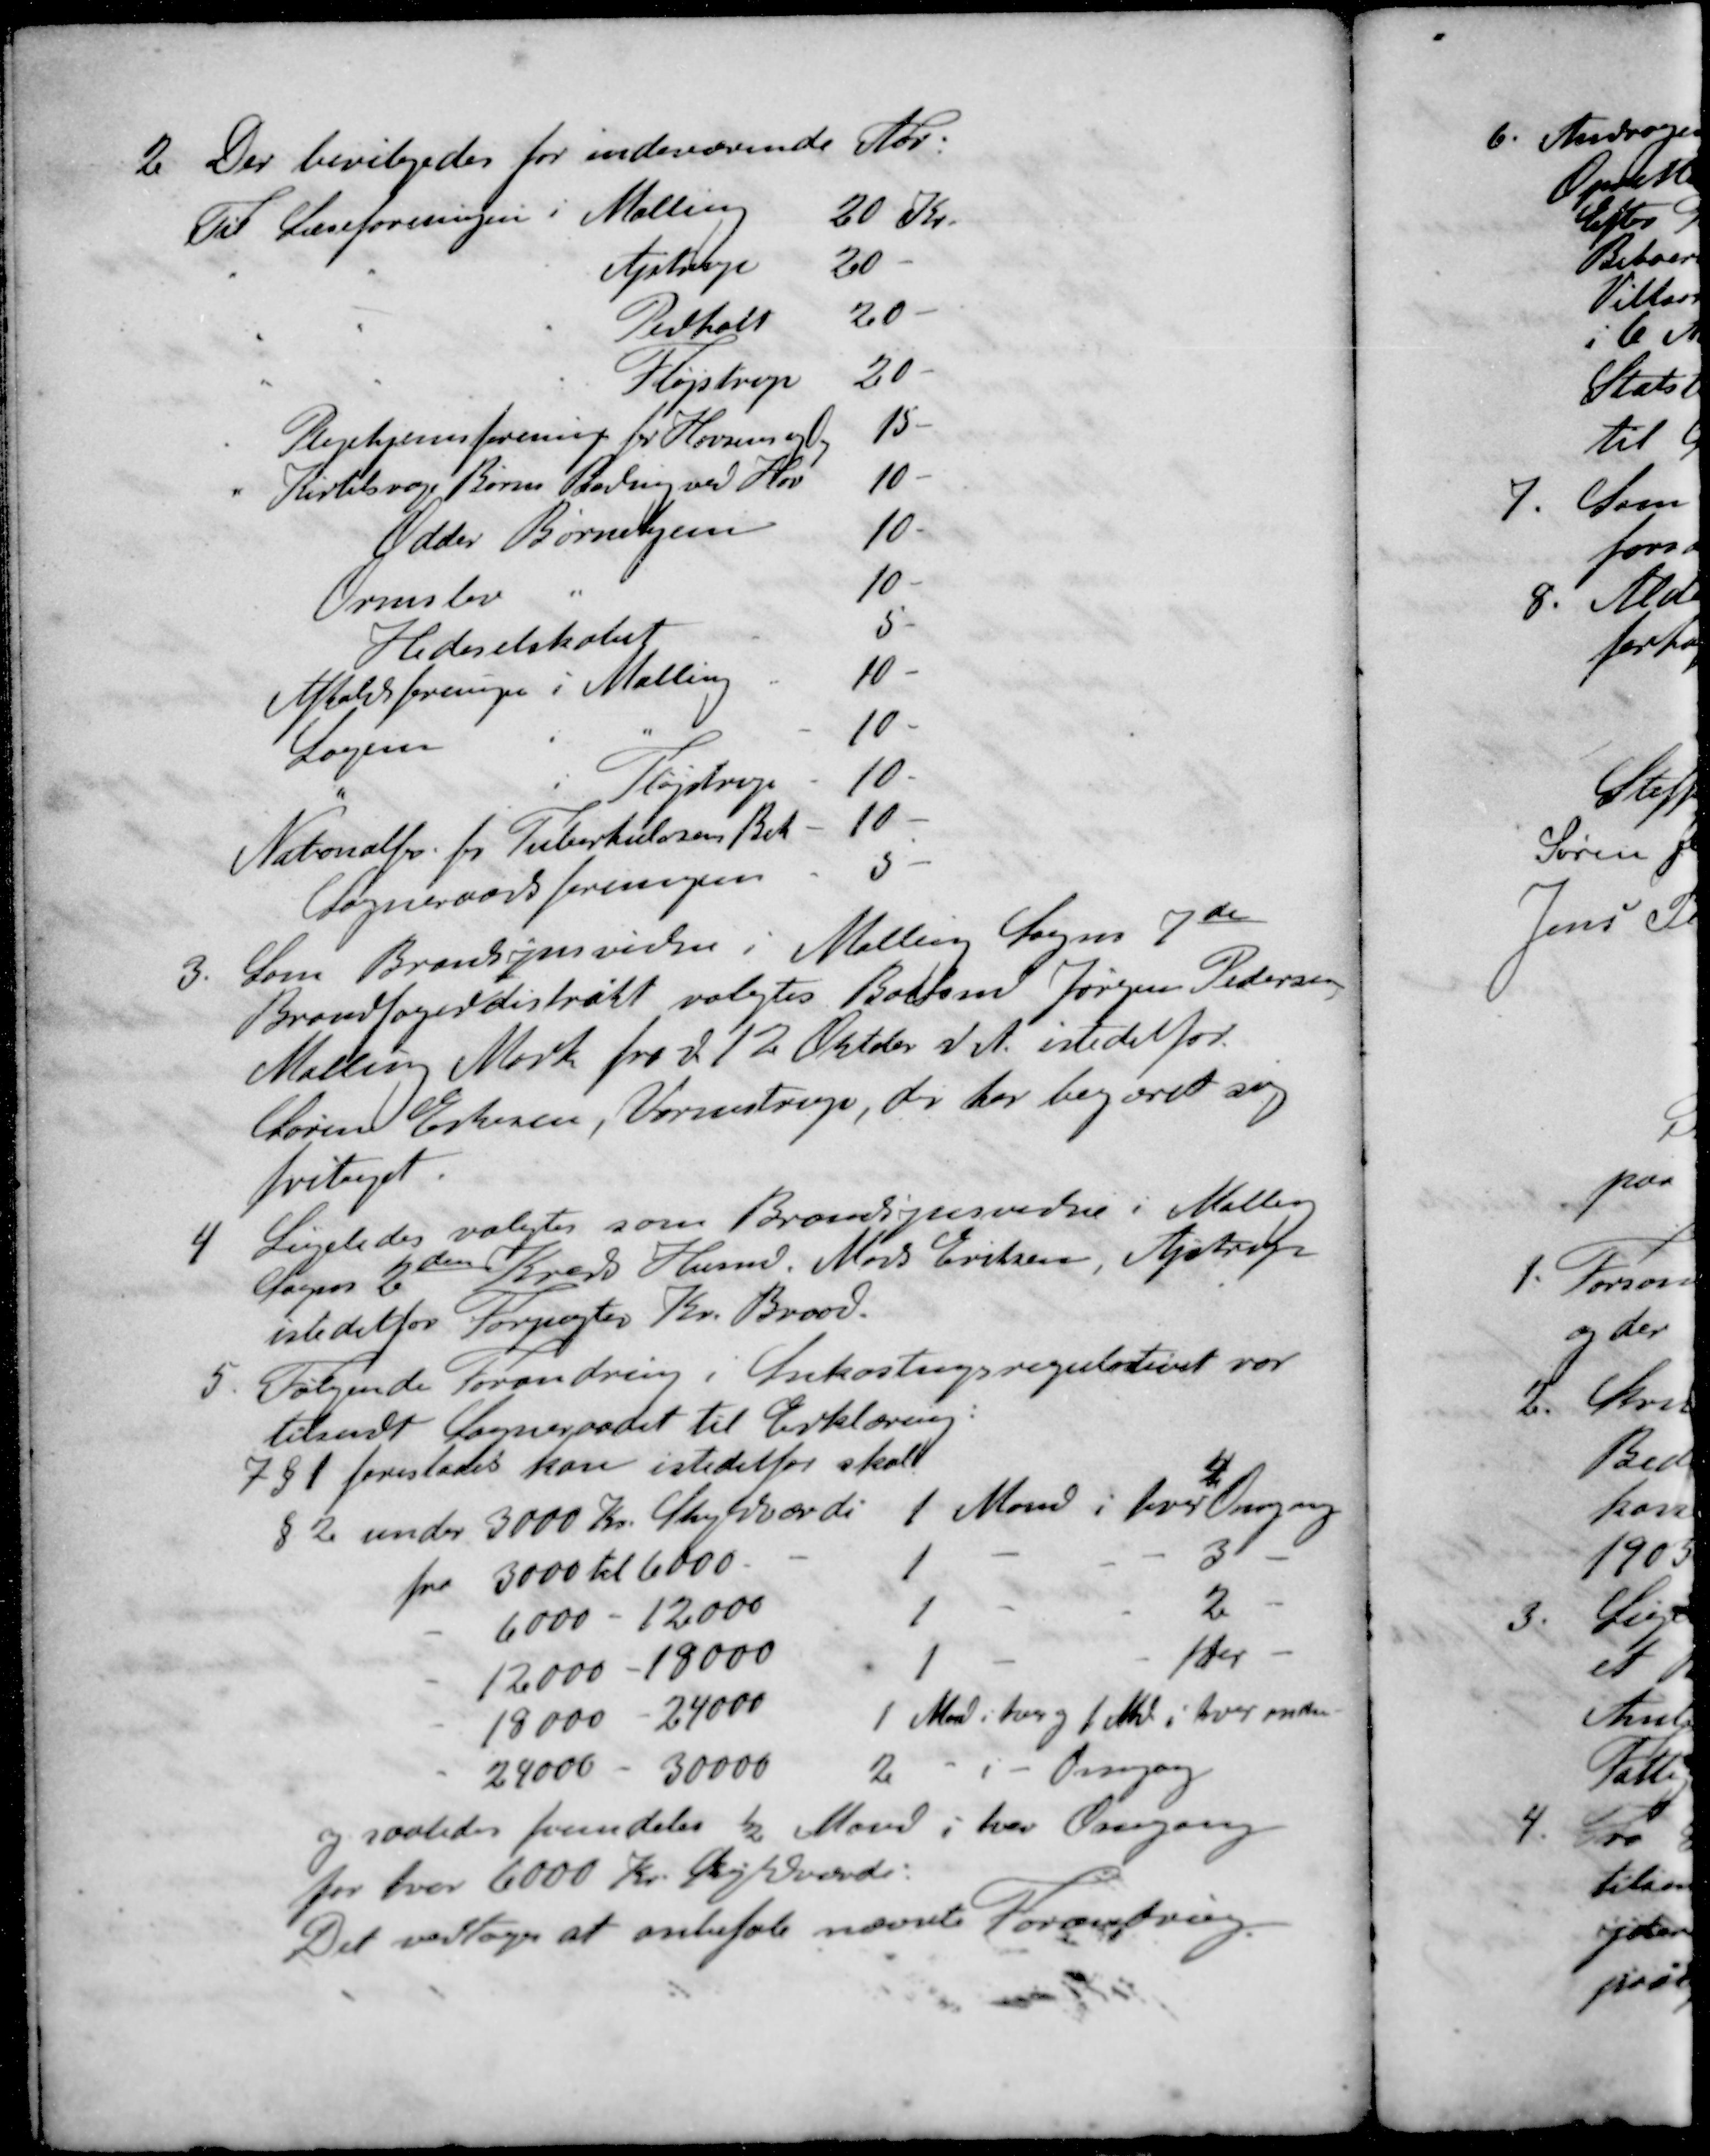
Transskription:
2. Der bevilgedes for indeværende Aar.
Til Læreforeningen i Malling 20 Kr.
" " " Ajstrup 20 -
" " " Pedholt 20 -
" " " Fløjstrup 20 -
" Plejehjemsforening for Horsens og O 15 -
" Kirtelsvage Børns Badning ved Hou 10 -
Odder Børnehjem 10 -
Ormslev " 10 -
Hedeselskabet 5 -
Afholdsforeningen i Malling 10 -
Logen i "10 -
" i Fløjstrup 10 -
Nationalfr. for Tuberkulosens Bek 10 -
Sogneraadsforeningen 5 -
3. Som Brandsynsvidne i Malling Sogns 7de
Brandfogeddistrikt valgtes Boelsm Jørgen Pedersen
Malling Mark fra d. 12 Oktober d. A. istedetfor
Søren Eskesen, Vormstrup, der har begæret sig
fritaget.
4. Ligeledes valgtes som Brandsynsvidne i Malling
Sogns 2den Kreds Husm. Mads Eriksen, Ajstrup
istedetfor Forpagter Kr. Brood.
5. Følgende Forandring i Ankostningsregulativet var 
tilsendt Sogneraadet til Erklæring:
7§1 foreslaaes kan istedetfor skal
4
§2 under 3000 Kr. Skyldværdi 1 Mand i hver Omgang
fra 3000 til 6000 - 1 - - - 3 -
- 6000 - 12000 - 1 - - - 2 -
- 12000 - 18000 1 - -  -
- 18000 - 24000 1 Mand i hver og 1 Md. i hver anden
- 24000 - 30000 2 - - - Omgang
og saaledes fremdeles ½ Mand i hver Organg
for hver 6000 Kr. Skyldværdi.
Det vedtoges at anbefale nævnte Forandring